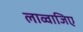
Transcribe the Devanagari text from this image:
लाव्वाजिए